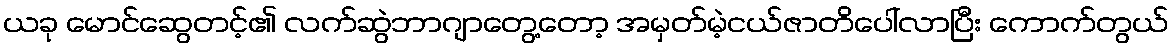
ယခု မောင်ဆွေတင့်၏ လက်ဆွဲဘာဂျာတွေ့တော့ အမှတ်မဲ့ငယ်ဇာတိပေါ်လာပြီး ကောက်တွယ်